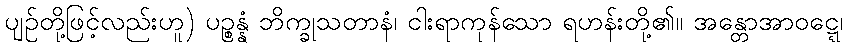
ပျဉ်တို့ဖြင့်လည်းဟူ) ပဉ္စန္နံ ဘိက္ခုသတာနံ၊ ငါးရာကုန်သော ရဟန်းတို့၏။ အန္တောအာဝဋ္ဋေ၊